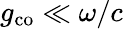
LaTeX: g_{\mathrm{co}}\ll\omega/c